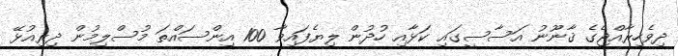
ދިވެހިރާއްޖެގެ ޤާނޫނު އަސާސީގައި ކަޅާއި ހުދުން ލިޔެފައިވާ 100 އިންސައްތަ މުސްލިމުން ދިރިއުޅޭ